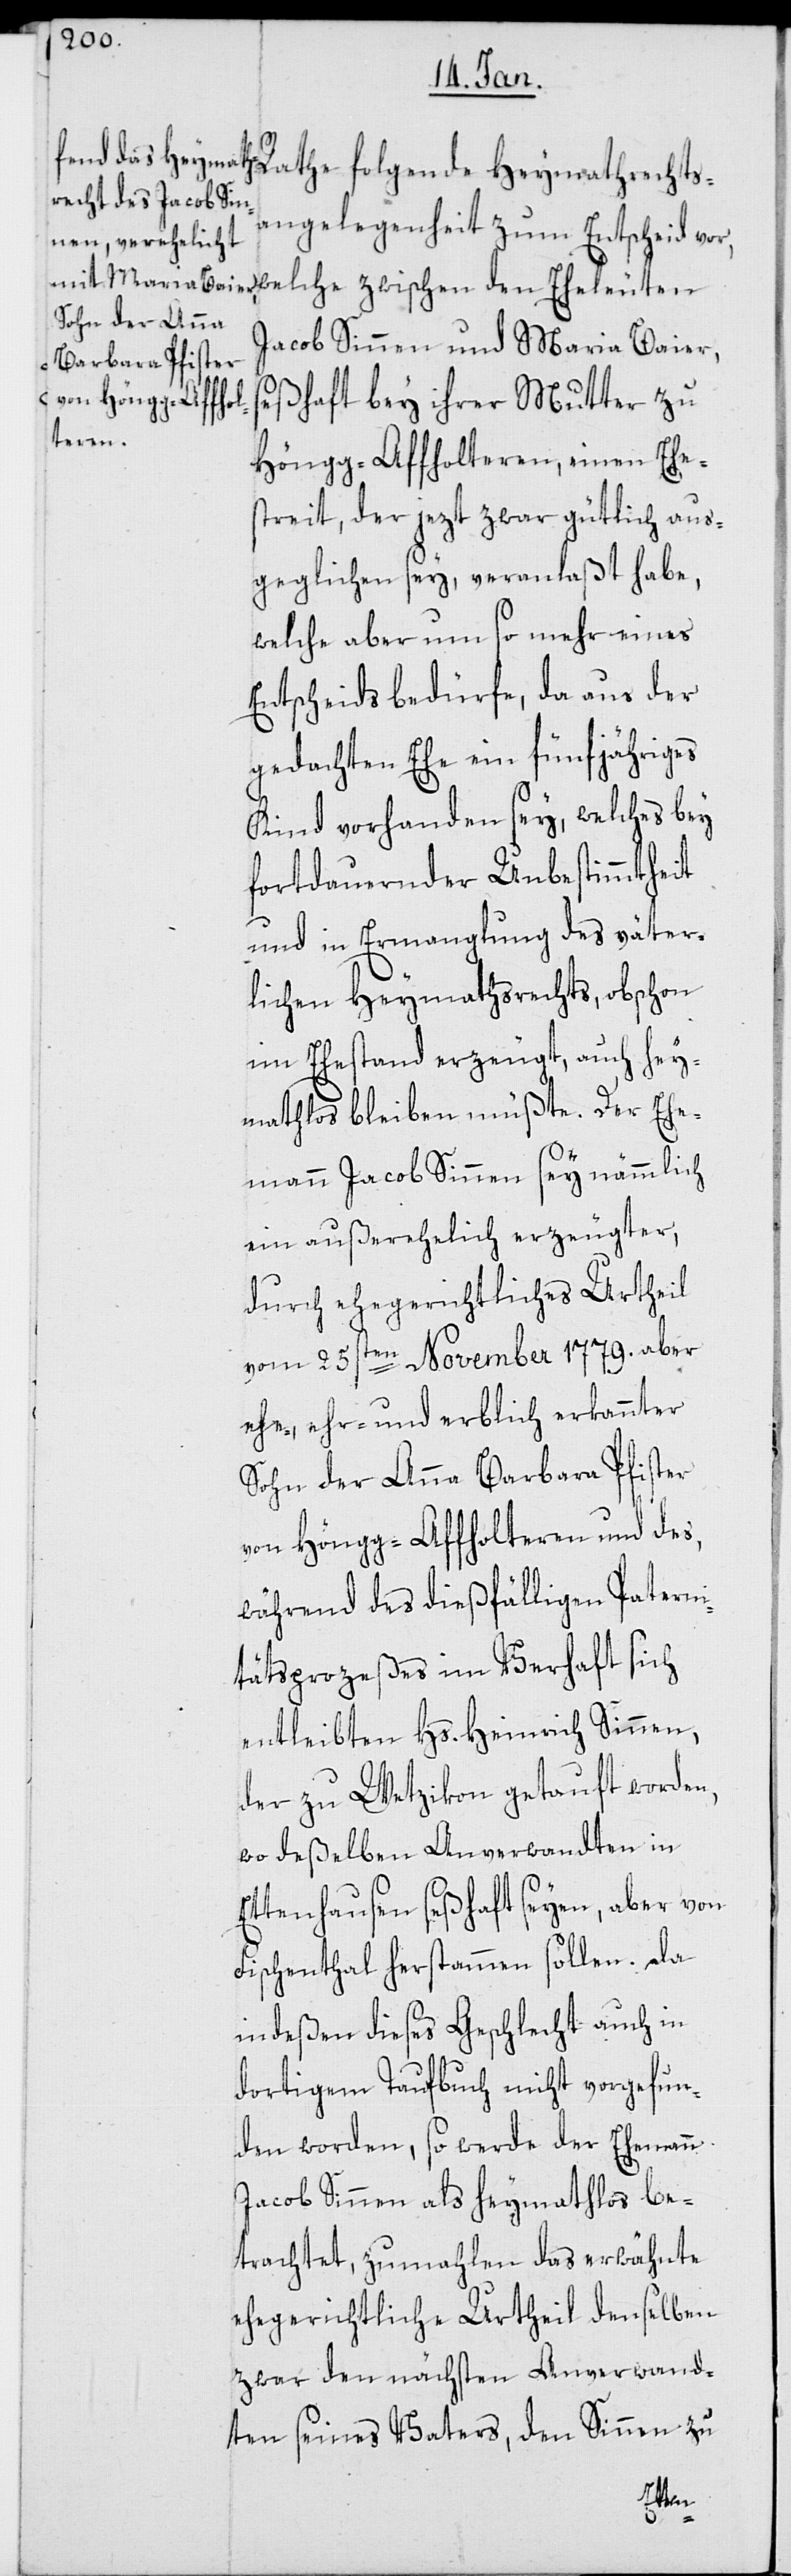
angelegenheit zum Entscheid vor,
Jacob Sinnen und Maria Baier,
de Heymathrechts¬
seßhaft bey ihrer Mutter zu
Höngg-Affholteren, einen Ehes¬
treit, der jezt zwar gütlich aus¬
geglichen sey, veranlaßt habe,
welche aber um so mehr eines
Entscheids bedürfe, da aus der
gedachten Ehe ein fünfjähriges
Kind vorhanden sey, welches bey
fortdauernder Unbestimmtheit
und in Ermanglung des väter¬
lichen Heymathsrechts, obschon
im Ehestand erzeugt, auch hey¬
mathlos bleiben müßte. Der Ehe¬
mann Jacob Sinnen sey nämmlich
ein außerehelich erzeugter,
durch ehegerichtliches Urtheil
vom 25sten November 1779. aber
ehe-, ehr- und erblich erkannter
Sohn der Anna Barbara Pfister
von Höngg-Affholteren und des,
während des dießfälligen Paterni¬
tätsprozeßes im Verhaft sich
entleibten Hs. Heinrich Sinnen,
der zu Wetzikon getauft worden,
wo deßelben Anverwandten in
Ettenhausen seßhaft seyen, aber von
Fischenthal herstammen sollen. Da
indeßen dieses Geschlecht auch in
dortigem Taufbuch nicht vorgefun¬
den worden, so werde der Ehemann
Jacob Sinnen als heymathlos be¬
trachtet, zumahlen das erwähnte
ehegerichtliche Urtheil denselben
zwar den nächsten Anverwand¬
ten seines Vaters, den Sinnen zu
folgen¬